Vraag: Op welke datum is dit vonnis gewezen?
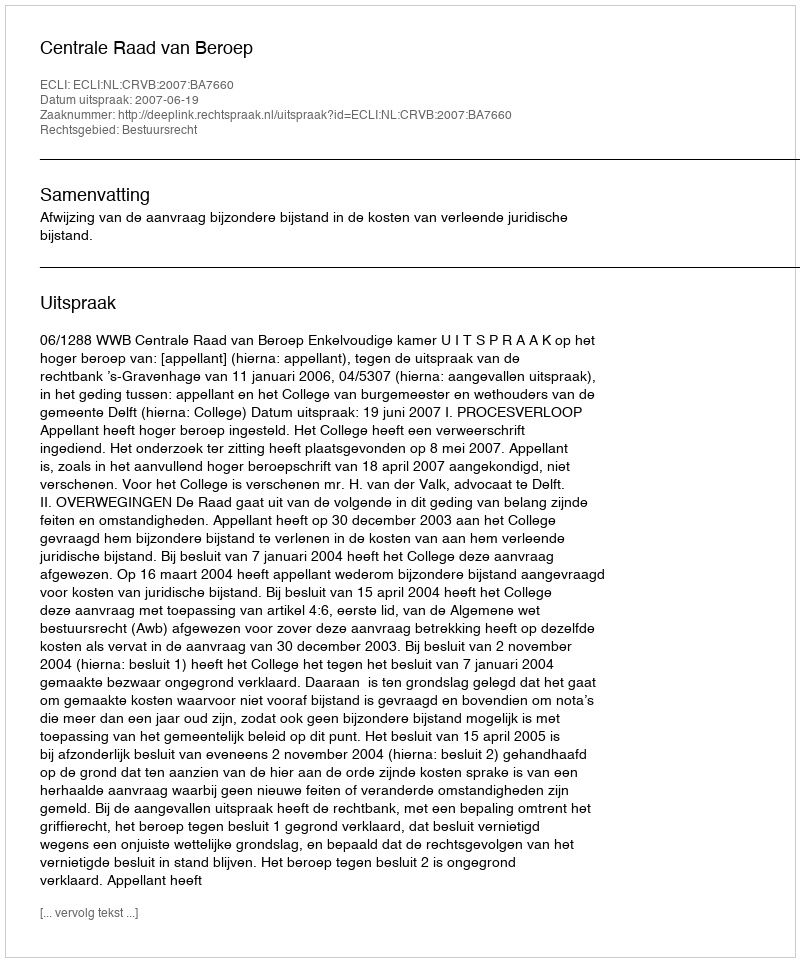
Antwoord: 2007-06-19